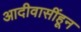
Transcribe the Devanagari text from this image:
आदीवासींहून